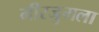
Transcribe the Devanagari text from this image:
मीरजुमला